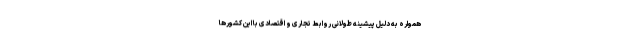
همواره به دلیل پیشینه طولانی روابط تجاری و اقتصادی با این کشورها